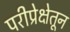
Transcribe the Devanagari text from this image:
परीप्रेक्षेतून